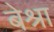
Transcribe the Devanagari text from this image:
बेश्रा